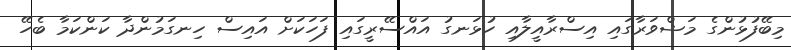
މިބޭފުޅުންގެ މަޝްވަރާގައި އިސްރާއީލާއި ހުޅަނގު އައްސޭރީގައި ފަހަކަށް އައިސް ހިނގަމުންދާ ކަންކަމާ ބެހޭ